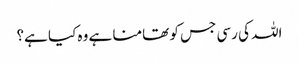
اللہ کی رسی جس کو تھامنا ہے وہ کیا ہے؟